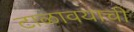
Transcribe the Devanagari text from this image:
टाळावयाची